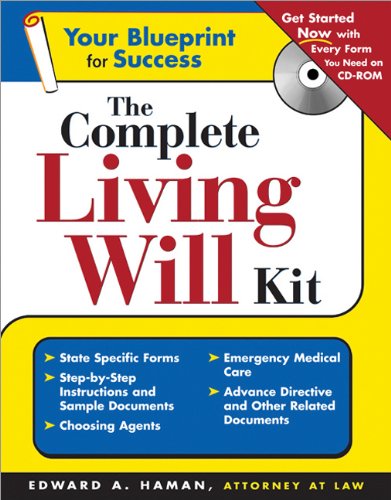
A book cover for The Complete Living Will Kit (Complete . . . Kit); Edward Haman; Law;